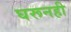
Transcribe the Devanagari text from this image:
घरूनही